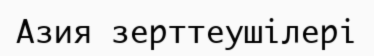
Азия зерттеушілері